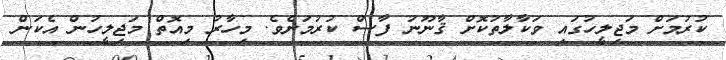
ކުރުމަށް މަޖިލީހުގައި ވަކާލާތުކޮށް ޤާނޫނު ފާސް ކުރުމަށެވެ. މިހާރު މިއޮތް މަޖިލީހުން އެކަން